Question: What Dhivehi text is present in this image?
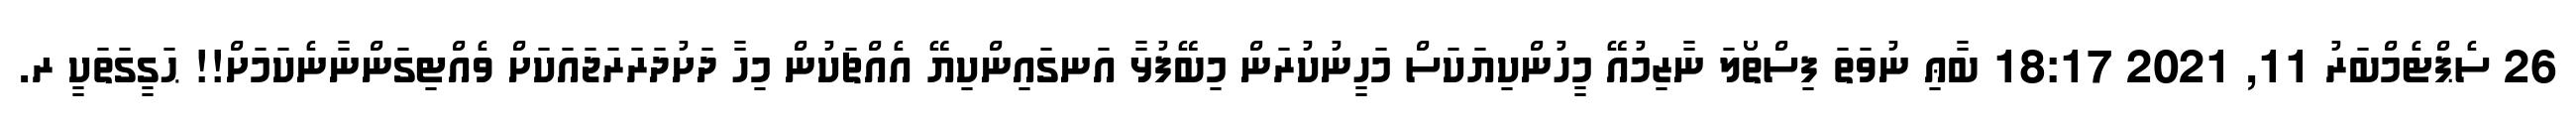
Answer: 26 ސެޕްޓެމްބަރު 11, 2021 18:17 ބާޢި ނުވަތަ ފިސްތޯލަ ނާޒިމުއޭ މީހުންކިޔަކަސް މަހީނުކުރަން މިބޭފުޅާ އަނގައިންކިޔޭ އެއްޗަކުން މިހާ ދަށުދަރަރަޖައަކަށް ވެއްޓިގަންނާނެކަމަށް!! ޙަގީގަތަކީ ރ.